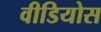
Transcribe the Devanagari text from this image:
वीडियोस